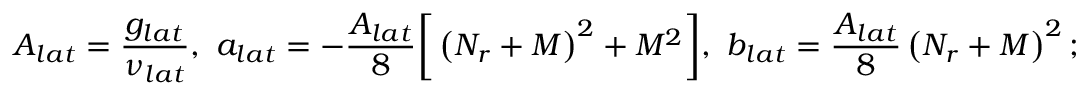
A _ { l a t } = \frac { g _ { l a t } } { \nu _ { l a t } } , \mathrm { ~ } a _ { l a t } = - \frac { A _ { l a t } } { 8 } \bigg [ \left( N _ { r } + M \right) ^ { 2 } + M ^ { 2 } \bigg ] , \mathrm { ~ } b _ { l a t } = \frac { A _ { l a t } } { 8 } \left( N _ { r } + M \right) ^ { 2 } ;